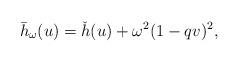
LaTeX: \begin{align*} \bar{h}_\omega(u)=\check{h}(u)+\omega^2(1-qv)^2, \end{align*}